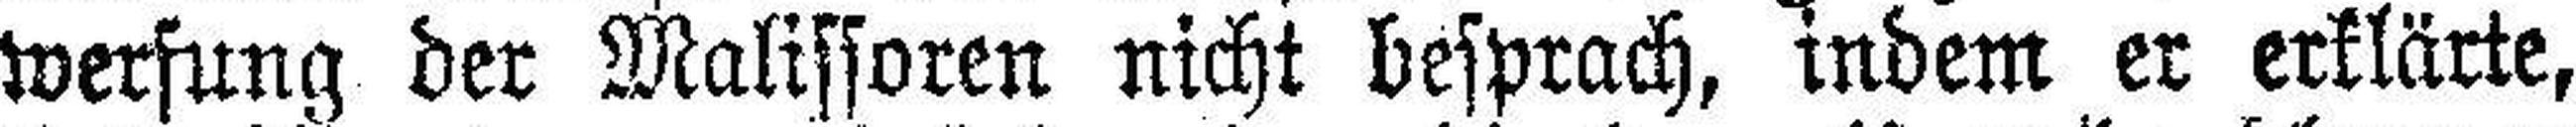
werfung der Malissoren nicht besprach, indem er erklärte,